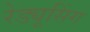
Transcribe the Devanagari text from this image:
रेड्यूसिंग